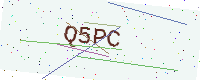
Text: Q5PC